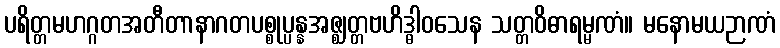
ပရိတ္တမဟဂ္ဂတအတီတာနာဂတပစ္စုပ္ပန္နအဇ္ဈတ္တဗဟိဒ္ဓါဝသေန သတ္တဝိဓာရမ္မဏံ။ မနောမယဉာဏံ